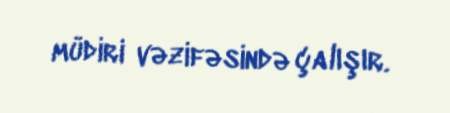
müdiri vəzifəsində çalışır.